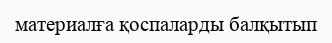
материалға қоспаларды балқытып